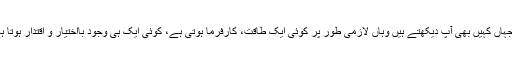
انتظام، باقاعدگی، ہمواری اور خوش اسلوبی دنیا میں جہاں کہیں بھی آپ دیکھتے ہیں وہاں لازمی طور پر کوئی ایک طاقت، کارفرما ہوتی ہے، کوئی ایک ہی وجود بااختیار و اقتدار ہوتا ہے اور کسی ایک کے ہاتھ میں سررشتہ کار ہوتا ہے۔